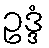
ဥဒ္ဒံ